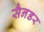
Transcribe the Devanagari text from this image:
सैनडर